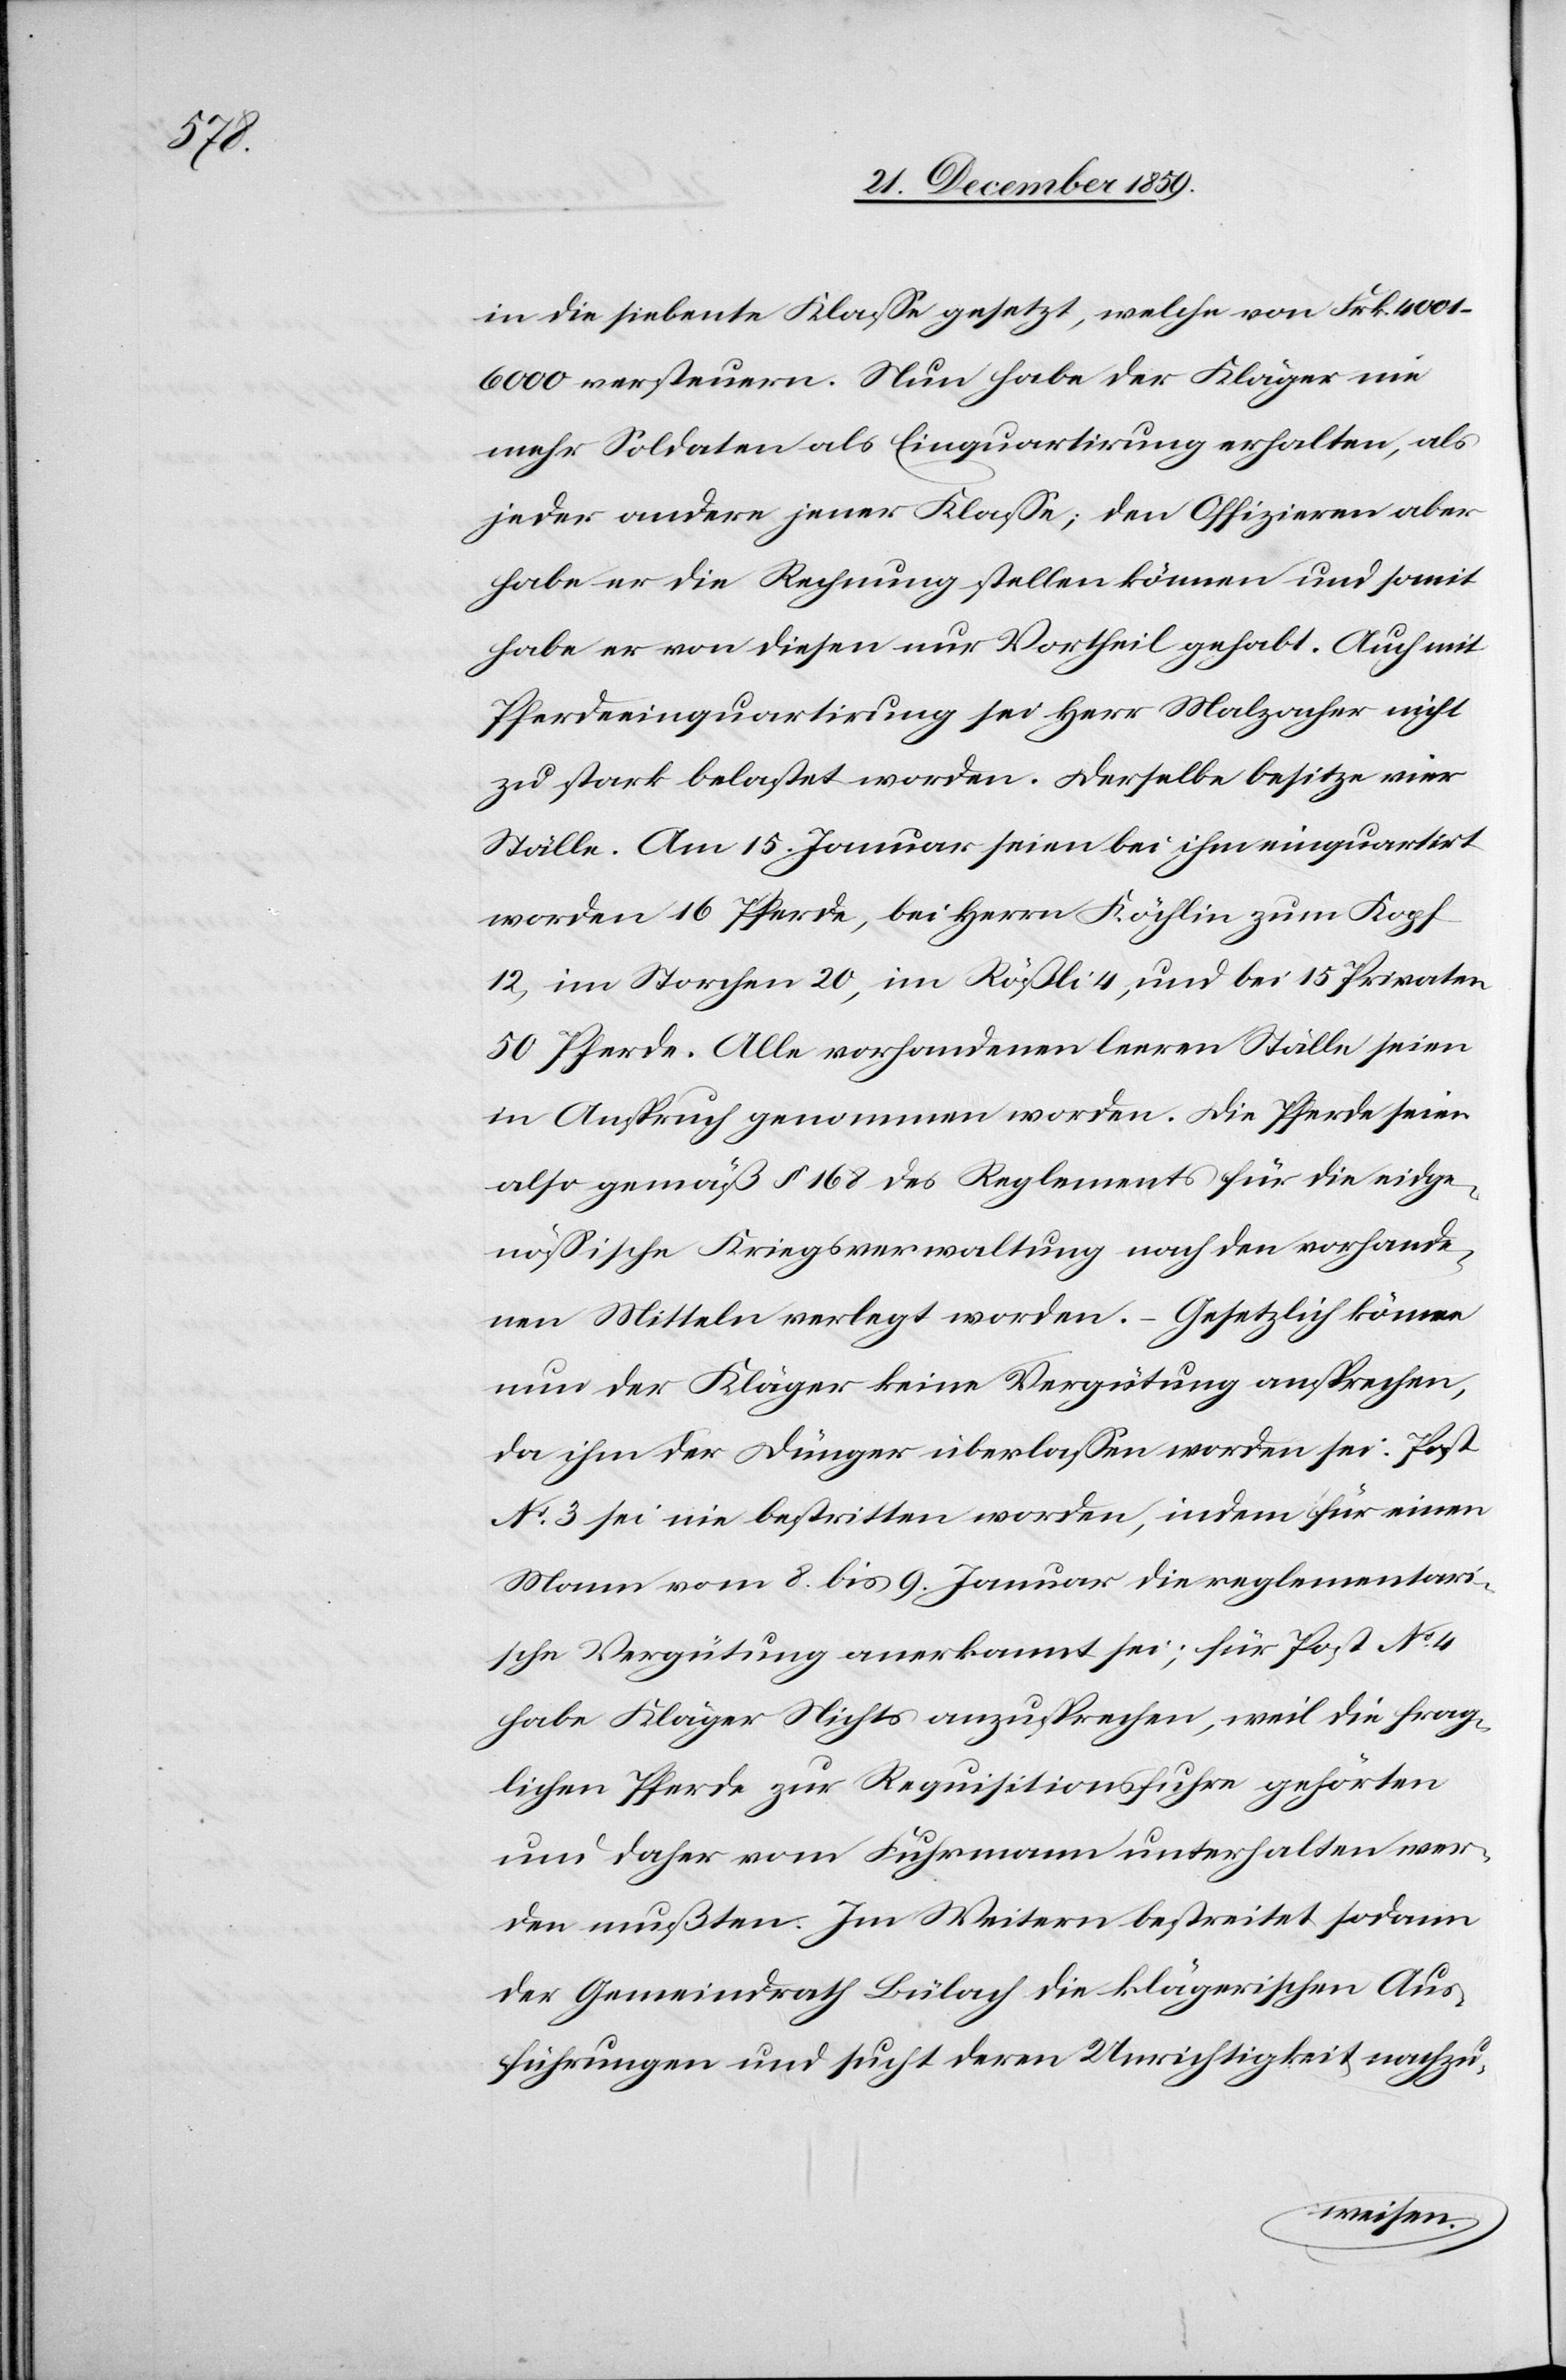
in die siebente Klasse gesetzt, welche von Frk.
4001–6000 versteuern. Nun habe der Kläger nie
mehr Soldaten als Einquartirung erhalten, als
jeder andere jener Klasse; den Offizieren aber
habe er die Rechnung stellen können und somit
habe er von diesen nur Vortheil gehabt. Auch mit
Pferdeeinquartirung sei Herr Malzacher nicht
zu stark belastet worden. Derselbe besitze vier
Ställe. Am 15. Januar seien bei ihm einquartirt
worden 16 Pferde, bei Herrn Köchlin zum Kopf
12, im Storchen 20, im Rößli 4, und bei 15 Privaten
50 Pferde. Alle vorhandenen leeren Ställe seien
in Anspruch genommen worden. Die Pferde seien
also gemäß § 168 des Reglements für die eidge¬
nössische Kriegsverwaltung nach den vorhande¬
nen Mitteln verlegt worden. – Gesetzlich könne
nun der Kläger keine Vergütung ansprechen,
da ihm der Dünger überlassen worden sei. Post
No 3 sei nie bestritten worden, indem für einen
Mann vom 8. bis 9. Januar die reglementari¬
sche Vergütung anerkannt sei; für Post No 4
habe Kläger nichts anzusprechen, weil die frag¬
lichen Pferde zur Requisitionsfuhre gehörten
und daher vom Fuhrmann unterhalten wer¬
den mußten. Im Weitern bestreitet sodann
der Gemeindrath Bülach die klägerischen Aus¬
führungen und sucht deren Unrichtigkeit nachzu-